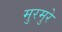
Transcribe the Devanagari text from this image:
मुरमुरे